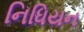
નિધિયન